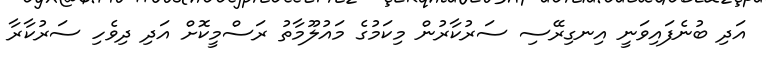
އަދި ބުނެފައިވަނީ އިނގިރޭސި ސަރުކާރުން މިކަމުގެ މައުލޫމާތު ރަސްމީކޮށް އަދި ދިވެހި ސަރުކާރާ